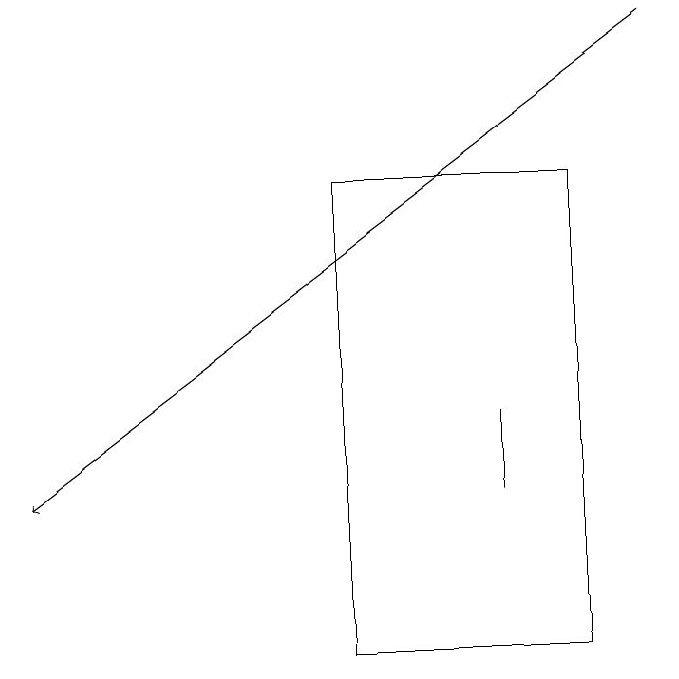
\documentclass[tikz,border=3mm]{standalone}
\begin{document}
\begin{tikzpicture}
\draw (6,13) rectangle (6,14);
\draw (4,17) rectangle (7,11);
\draw[->] (8,19) -- (0,13);
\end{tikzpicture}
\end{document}